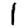
Digit: 1